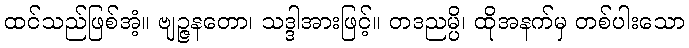
ထင်သည်ဖြစ်အံ့။ ဗျဉ္ဇနတော၊ သဒ္ဒါအားဖြင့်။ တဒညမ္ပိ၊ ထိုအနက်မှ တစ်ပါးသော